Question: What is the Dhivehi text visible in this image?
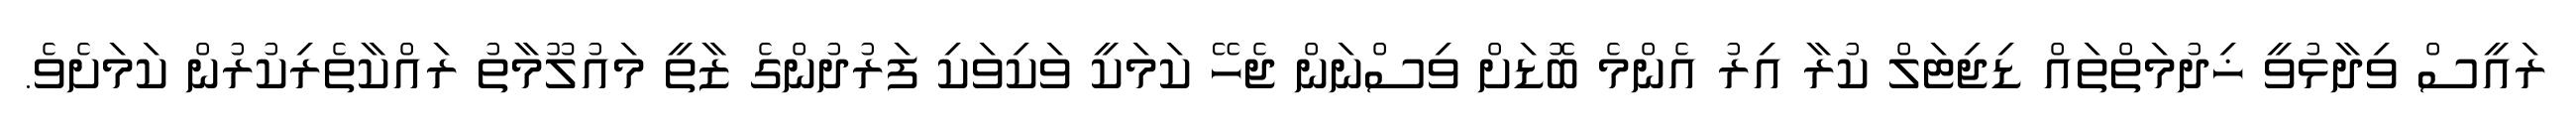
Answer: ރައީސް ވިދާޅުވީ ޚިދުމަތްތައް ޑިޖިޓަލް ކުރާ އިރު އެންމެ ބޮޑަށް ވިސްނަން ޖެހޭ ކަމަކީ ވަކިވަކި ފަރުދުންގެ ޒާތީ މައުލޫމާތު ރައްކާތެރިކުރުން ކަމަށެވެ.